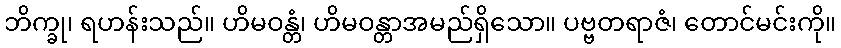
ဘိက္ခု၊ ရဟန်းသည်။ ဟိမဝန္တံ၊ ဟိမဝန္တာအမည်ရှိသော။ ပဗ္ဗတရာဇံ၊ တောင်မင်းကို။